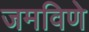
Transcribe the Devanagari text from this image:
जमविणे